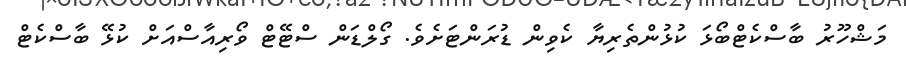
މަޝްހޫރު ބާސްކެޓްބޯޅަ ކުޅުންތެރިޔާ ކެވިން ޑުރަންޓަށެވެ. ގޯލްޑަން ސްޓޭޓް ވޯރިއާސްއަށް ކުޅޭ ބާސްކެޓް